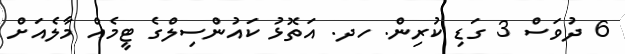
6 ދުވަސް 3 ގަޑި ކުރިން. ހދ. އަތޮޅު ކައުންސިލްގެ ޓީމެއް މާލެއަށް